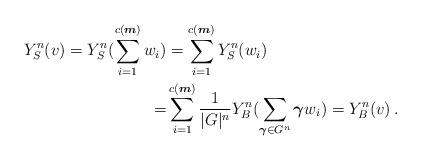
LaTeX: \begin{align*} Y^n_S(v) = Y^n_S(\sum_{i=1}^{c(\boldsymbol m)} w_i) &= \sum_{i=1}^{c(\boldsymbol m)} Y^n_S(w_i)\\ =& \sum_{i=1}^{c(\boldsymbol m)} \frac{1}{|G|^n} Y^n_B(\sum_{\boldsymbol \gamma \in G^n} \boldsymbol \gamma w_i) = Y^n_B(v) \, .\end{align*}